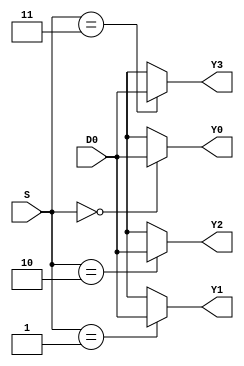
module demux_16_2(D0, S, Y0, Y1, Y2, Y3);
    input [2:0] D0;
    input [1:0] S;
    output [2:0] Y0;
    output [2:0] Y1;
    output [2:0] Y2;
    output [2:0] Y3;

    assign Y0 = (S == 2'b00) ? D0 : 3'bxx;
    assign Y1 = (S == 2'b01) ? D0 : 3'bxx;
    assign Y2 = (S == 2'b10) ? D0 : 3'bxx;
    assign Y3 = (S == 2'b11) ? D0 : 3'bxx;

endmodule